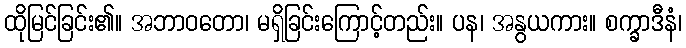
ထိုမြင်ခြင်း၏။ အဘာဝတော၊ မရှိခြင်းကြောင့်တည်း။ ပန၊ အနွယကား။ စက္ခာဒီနံ၊